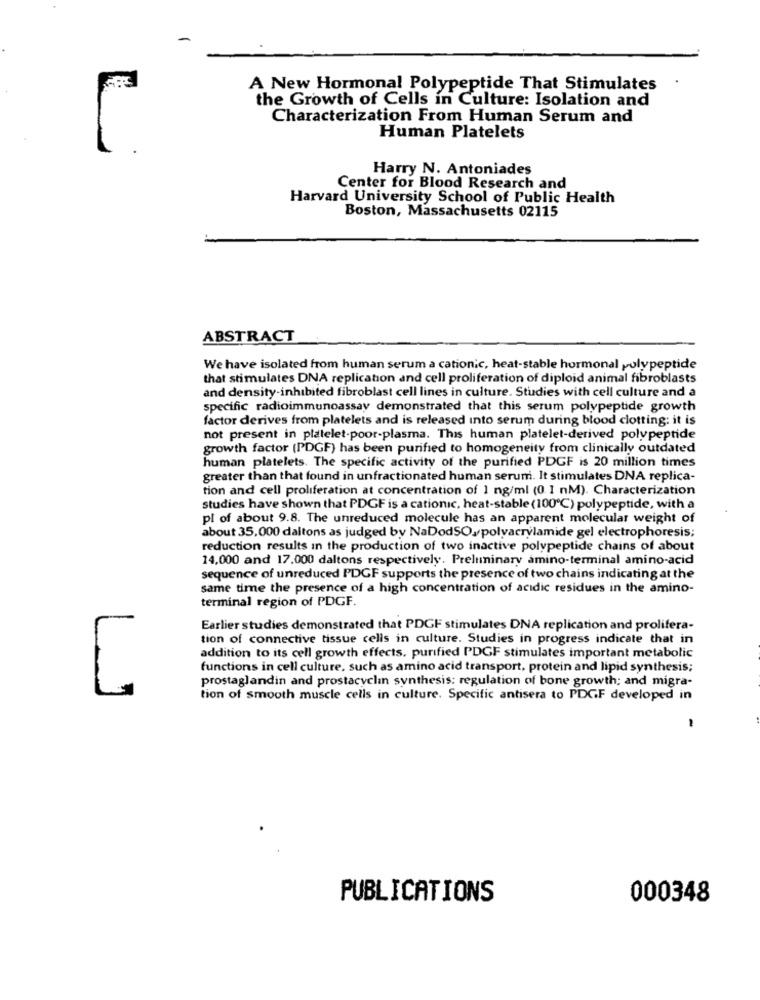
A New Hormonal Polypeptide That Stimulates
the Growth of Cells in Culture: Isolation and
Characterization From Human Serum and
Human Platelets
Harry N. Antoniades
Center for Blood Research and
Harvard University School of Public Health
Boston, Massachusetts 02115
ABSTRACT
We have isolated from human serum a cationic, heat-stable hormonal polypeptide
that stimulates DNA replication and cell proliferation of diploid animal fibroblasts
and density-inhibited fibroblast cell lines in culture. Studies with cell culture and a
specific radioimmunoassay demonstrated that this serum polypeptide growth
factor derives from platelets and is released into serum during blood clotting: it is
not present in platelet-poor-plasma. This human platelet-derived polypeptide
growth factor (PDGF) has been purified to homogeneity from clinically outdated
human platelets. The specific activity of the purified PDGF is 20 million times
greater than that found in unfractionated human serum. It stimulates DNA replica-
tion and cell proliferation at concentration of 1 ng/ml (0. I nM). Characterization
studies have shown that PDGF is a cationic, heat-stable (100℃) polypeptide, with a
pl of about 9.8. The unreduced molecule has an apparent molecular weight of
about 35,000 daltons as judged by NaDodSO,polyacrylamide gel electrophoresis;
reduction results in the production of two inactive polypeptide chains of about
14,000 and 17.000 daltons respectively. Preliminary amino-terminal amino-acid
sequence of unreduced PDGF supports the presence of two chains indicating at the
same time the presence of a high concentration of acidic residues in the amino-
terminal region of PDGF.
Earlier studies demonstrated that PDGF stimulates DNA replication and prolifera-
tion of connective tissue cells in culture. Studies in progress indicate that in
addition to its cell growth effects, purified PDGF stimulates important metabolic
functions in cell culture, such as amino acid transport, protein and lipid synthesis;
prostaglandin and prostacyclin synthesis: regulation of bone growth; and migra-
1.
L
tion of smooth muscle cells in culture. Specific antisera to PDCF developed in
PUBLICATIONS
000348